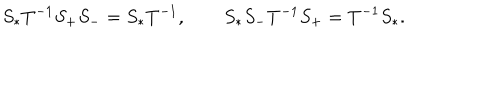
LaTeX: S _ { * } T ^ { - 1 } S _ { + } S _ { - } = S _ { * } T ^ { - 1 } , \qquad S _ { * } S _ { - } T ^ { - 1 } S _ { + } = T ^ { - 1 } S _ { * } .